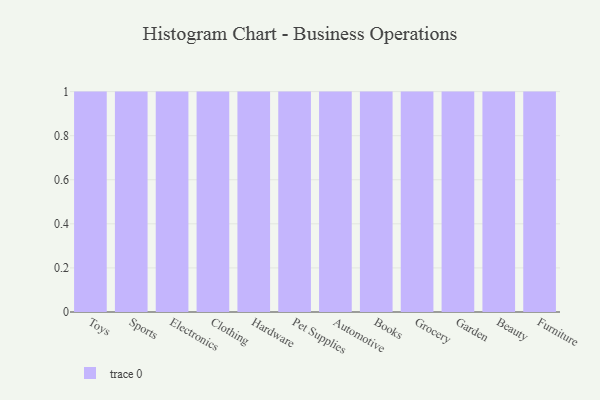
{"axis": {"x": "Category", "y": "Page Views"}, "legend": [""], "data": [{"x": "Toys", "y": 8, "type": ""}, {"x": "Sports", "y": 2, "type": ""}, {"x": "Electronics", "y": 23, "type": ""}, {"x": "Clothing", "y": 6, "type": ""}, {"x": "Hardware", "y": 95, "type": ""}, {"x": "Pet Supplies", "y": 80, "type": ""}, {"x": "Automotive", "y": 1, "type": ""}, {"x": "Books", "y": 19, "type": ""}, {"x": "Grocery", "y": 89, "type": ""}, {"x": "Garden", "y": 87, "type": ""}, {"x": "Beauty", "y": 16, "type": ""}, {"x": "Furniture", "y": 36, "type": ""}]}